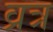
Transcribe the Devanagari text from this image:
व्रत्र